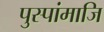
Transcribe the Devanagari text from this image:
पुस्पांमाजि